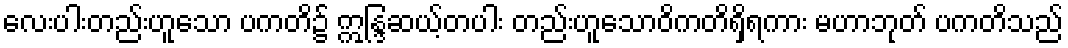
လေးပါးတည်းဟူသော ပကတိ၌ ဣန္ဒြဆယ့်တပါး တည်းဟူသောဝိကတိရှိရကား မဟာဘုတ် ပကတိသည်